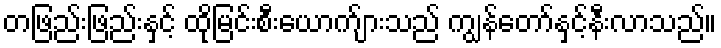
တဖြည်းဖြည်းနှင့် ထိုမြင်းစီးယောက်ျားသည် ကျွန်တော်နှင့်နီးလာသည်။